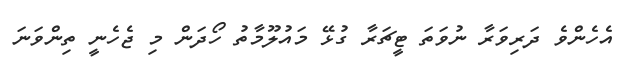
އެހެންވެ ދަރިވަރާ ނުވަތަ ޓީޗަރާ ގުޅޭ މައުލޫމާތު ހޯދަން މި ޖެހެނީ ތިންވަނަ